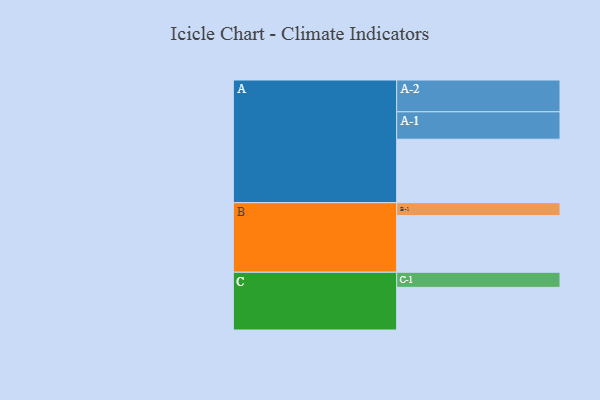
{"axis": {"x": "Segment", "y": "Value"}, "legend": ["", "A", "B", "C"], "data": [{"x": "A", "y": 521, "type": ""}, {"x": "B", "y": 465, "type": ""}, {"x": "C", "y": 350, "type": ""}, {"x": "A-1", "y": 225, "type": "A"}, {"x": "A-2", "y": 261, "type": "A"}, {"x": "B-1", "y": 106, "type": "B"}, {"x": "C-1", "y": 124, "type": "C"}]}